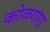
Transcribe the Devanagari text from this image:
कोळगंगा